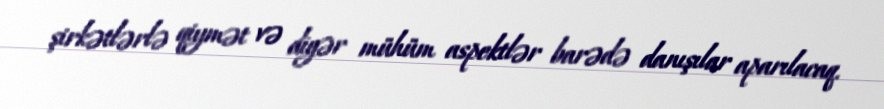
şirkətlərlə qiymət və digər mühüm aspektlər barədə danışılar aparılacaq.